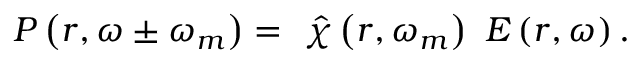
\boldsymbol { P } \left( \boldsymbol { r } , \omega \pm \omega _ { m } \right) = \ \hat { \chi } \left( \boldsymbol { r } , \omega _ { m } \right) \ \boldsymbol { E } \left( \boldsymbol { r } , \omega \right) .